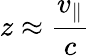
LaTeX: z\approx{\frac{v_{\parallel}}{c}}